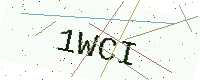
Text: 1WCI